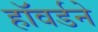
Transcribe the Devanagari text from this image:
हॉवर्डने